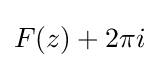
F(z)+2\pi i